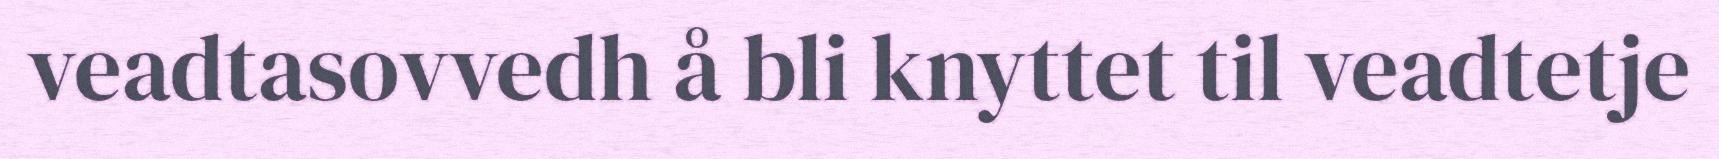
veadtasovvedh å bli knyttet til veadtetje